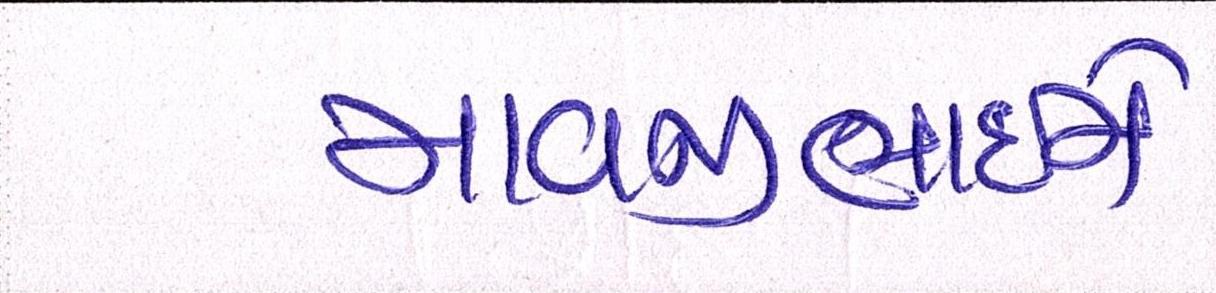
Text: માવજીભાઇને